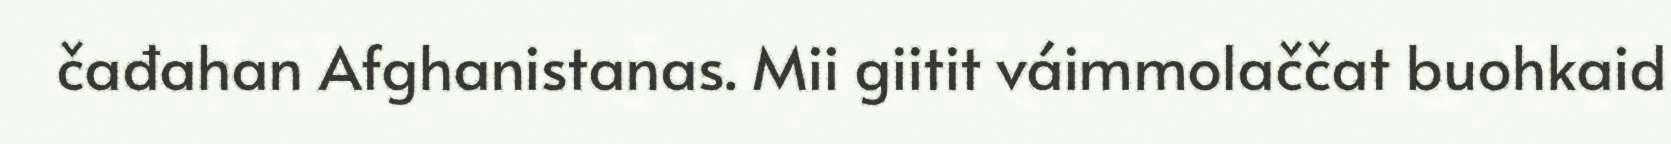
čađahan Afghanistanas. Mii giitit váimmolaččat buohkaid